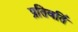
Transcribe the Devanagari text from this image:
प्रतिवर्ति